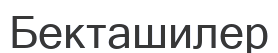
Бекташилер